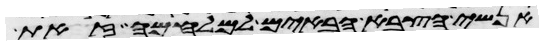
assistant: אנשי הצבא הבאים למלחמה זאת